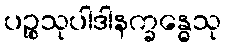
ပဉ္စသုပါဒါနက္ခန္ဓေသု